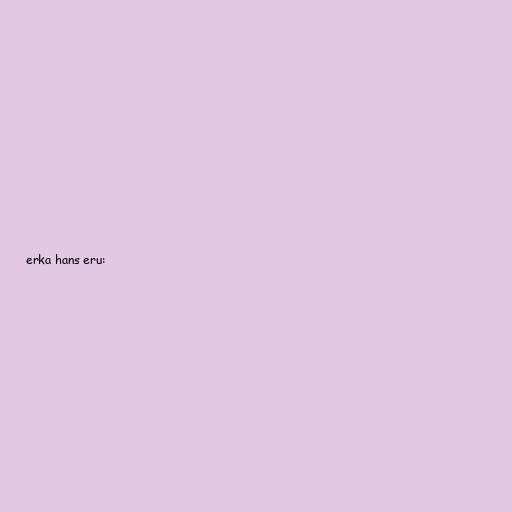
erka hans eru: